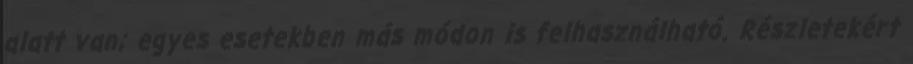
alatt van; egyes esetekben más módon is felhasználható. Részletekért